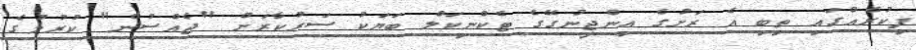
ފިކުރެއްގައި ތިބި އެ ރަށުގެ އިންޖީނުގޭގެ ޓެކްނިކަލް ބަޔަކު ސަރުކާރަށް "ޖެއްސުން" ކުރުމުގެ